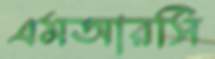
এমআরসি